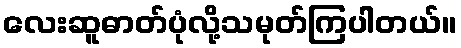
လေးဆူဓာတ်ပုံလို့သမုတ်ကြပါတယ်။